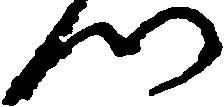
つ